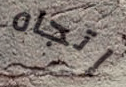
إتجاه